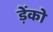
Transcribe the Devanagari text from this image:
ड़ेंको